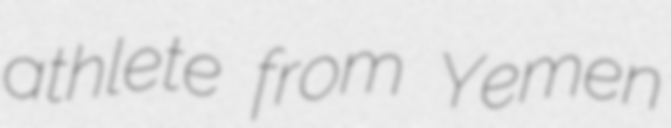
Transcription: athlete from Yemen